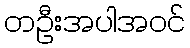
တဦးအပါအဝင်